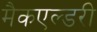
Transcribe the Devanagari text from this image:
मैकएल्डरी